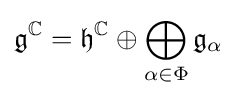
{\mathfrak {g}}^{\mathbb {C} }={\mathfrak {h}}^{\mathbb {C} }\oplus \bigoplus _{\alpha \in \Phi }{\mathfrak {g}}_{\alpha }